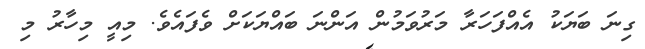
ގިނަ ބަޔަކު އެއްފަހަރާ މަރުވަމުން އަންނަ ބައްޔަކަށް ވެފައެވެ. މިއީ މިހާރު މި